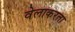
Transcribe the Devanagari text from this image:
वेलाकरता